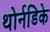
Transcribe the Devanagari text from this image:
थोर्नडिके